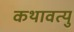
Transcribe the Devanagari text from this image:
कथावत्यु